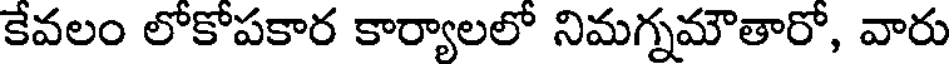
కేవలం లోకోపకార కార్యాలలో నిమగ్నమౌతారో, వారు